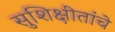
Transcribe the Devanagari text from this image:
सुशिक्षीतांचे